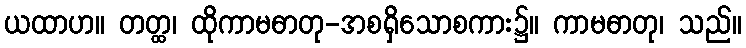
ယထာဟ။ တတ္ထ၊ ထိုကာမဓာတု-အစရှိသောစကား၌။ ကာမဓာတု၊ သည်။